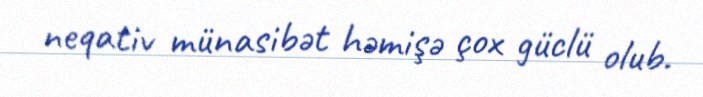
neqativ münasibət həmişə çox güclü olub.